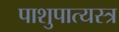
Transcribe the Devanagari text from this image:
पाशुपात्यस्त्र